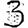
Digit: 3